Leaving Certificate Examination, 1924
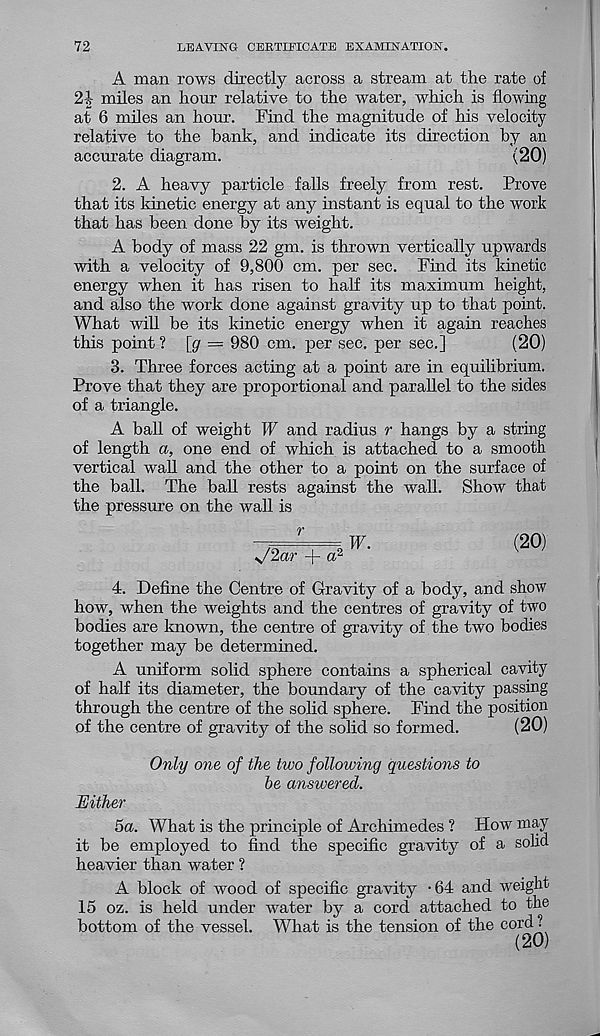
72
LEAVING CERTIFICATE EXAMINATION.
A man rows directly across a stream at the rate of
2h miles an hour relative to the water, which is flowing
at 6 miles an hour. Find the magnitude of his velocity
relative to the bank, and indicate its direction by an
accurate diagram.
(20)
2. A heavy particle falls freely from rest. Prove
that its kinetic energy at any instant is equal to the work
that has been done by its weight.
A body of mass 22 gm. is thrown vertically upwards
with a velocity of 9,800 cm. per sec. Find its kinetic
energy when it has risen to half its maximum height,
and also the work done against gravity up to that point.
What will be its kinetic energy when it again reaches
this point? [g = 980 cm. per sec. per sec.]
(20)
3. Three forces acting at a point are in equilibrium.
Prove that they are proportional and parallel to the sides
of a triangle.
A ball of weight W and radius r hangs by a string
of length a, one end of which is attached to a smooth
vertical wall and the other to a point on the surface of
the ball. The ball rests against the wall. Show that
the pressure on the wall is
r
J2ar + a 2 W.
(20)
4. Define the Centre of Gravity of a body, and show
how, when the weights and the centres of gravity of two
bodies are known, the centre of gravity of the two bodies
together may he determined.
A uniform solid sphere contains a spherical cavity
of half its diameter, the boundary of the cavity passing
through the centre of the solid sphere. Find the position
of the centre of gravity of the solid so formed.
(20)
Only one of the two following questions to
he answered.
Either
5a. What is the principle of Archimedes ? How may
it he employed to find the specific gravity of a solid
heavier than water ?
A block of wood of specific gravity -64 and weight
15 oz. is held under water by a cord attached to the
bottom of the vessel. What is the tension of the cord?
(20)